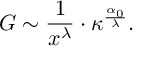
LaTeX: G \sim \frac { 1 } { x ^ { \lambda } } \cdot \kappa ^ { \frac { \alpha _ { 0 } } { \lambda } } .